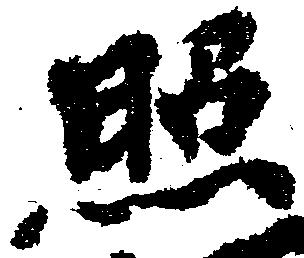
照